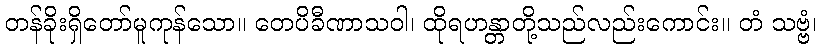
တန်ခိုးရှိတော်မူကုန်သော။ တေပိခီဏာသဝါ၊ ထိုရဟန္တာတို့သည်လည်းကောင်း။ တံ သဗ္ဗံ၊